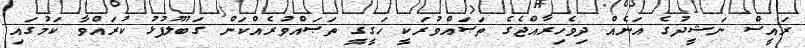
ރައީސް ނަޝީދުގެ އަނެއް ދިވެހިރާއްޖެގެ ތަޞައްވުރަކީ ހަގީގީ ތަޞައްވުރެއްކަން ގަބޫލުފުޅު ކުރައްވާ ކަމުގައި